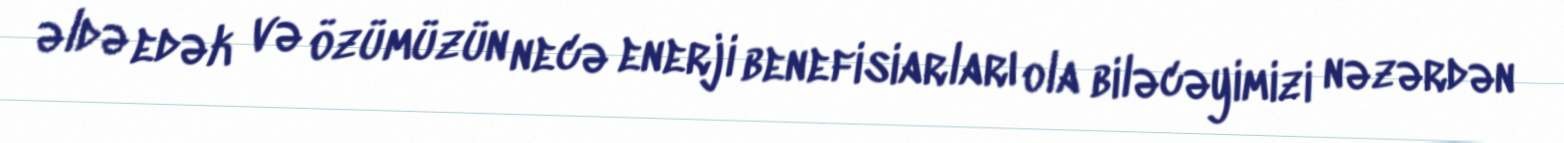
əldə edək və özümüzün necə enerji benefisiarları ola biləcəyimizi nəzərdən